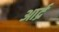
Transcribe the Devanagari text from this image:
आर्द्र